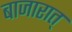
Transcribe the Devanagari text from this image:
बाजारात्‌